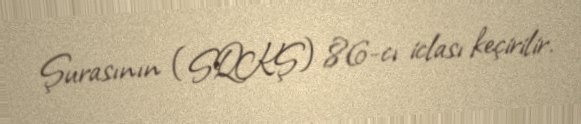
Şurasının (SQKŞ) 86-cı iclası keçirilir.